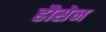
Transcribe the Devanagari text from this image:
हौसेन